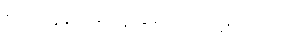
စားနေရာမှ သူ မော်ကြည့်သည်။